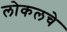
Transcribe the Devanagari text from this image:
लोकलचे